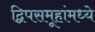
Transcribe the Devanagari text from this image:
द्विपसमूहांमध्ये